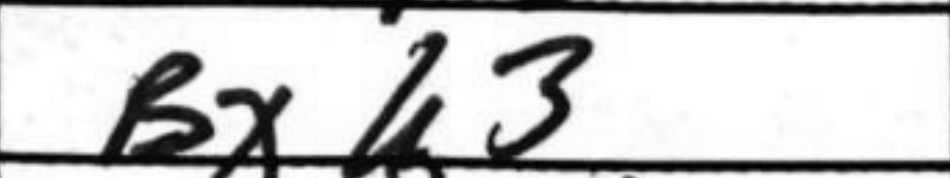
Transcription: Bxh3